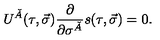
U ^ { \check { A } } ( \tau , \vec { \sigma } ) \frac { \partial } { \partial \sigma ^ { \check { A } } } s ( \tau , \vec { \sigma } ) = 0 .